Problem: 41 + 20 = ?
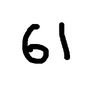
Handwritten answer: 61